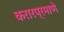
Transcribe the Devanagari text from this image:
करारप्रमाणे